Medical and sanitary report on the native army of Bombay for the year
Year: 1879
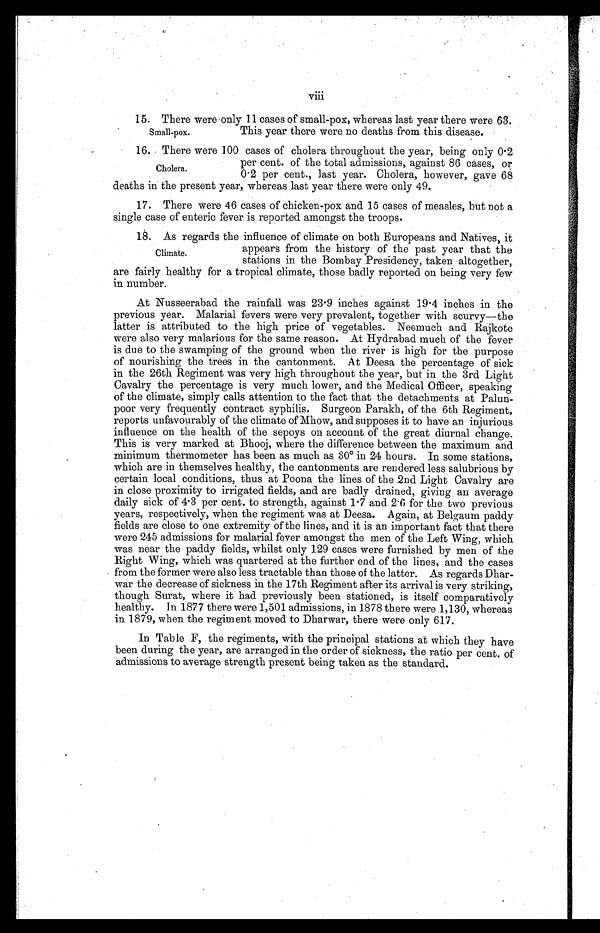
viii
15. There were only 11 cases of small-pox, whereas last year there were 63.
This year there were no deaths from this disease.
16. There were 100 cases of cholera throughout the year, being only 0.2
per cent. of the total admissions, against 86 cases, or
0.2 per cent., last year. Cholera, however, gave 68
deaths in the present year, whereas last year there were only 49.
17. There were 46 cases of chicken-pox and 15 cases of measles, but not a
single case of enteric fever is reported amongst the troops.
18. As regards the influence of climate on both Europeans and Natives, it
appears from the history of the past year that the
stations in the Bombay Presidency, taken altogether,
are fairly healthy for a tropical climate, those badly reported on being very few
in number.
At Nusseerabad the rainfall was 23.9 inches against 19.4 inches in the
previous year. Malarial fevers were very prevalent, together with scurvy—the
latter is attributed to the high price of vegetables. Neemuch and Rajkote
were also very malarious for the same reason. At Hydrabad much of the fever
is due to the swamping of the ground when the river is high for the purpose
of nourishing the trees in the cantonment. At Deesa the percentage of sick
in the 26th Regiment was very high throughout the year, but in the 3rd Light
Cavalry the percentage is very much lower, and the Medical Officer, speaking
of the climate, simply calls attention to the fact that the detachments at Palun-
poor very frequently contract syphilis. Surgeon Parakh, of the 6th Regiment,
reports unfavourably of the climate of Mhow, and supposes it to have an injurious
influence on the health of the sepoys on account of the great diurnal change.
This is very marked at Bhooj, where the difference between the maximum and
minimum thermometer has been as much as 30° in 24 hours. In some stations,
which are in themselves healthy, the cantonments are rendered less salubrious by
certain local conditions, thus at Poona the lines of the 2nd Light Cavalry are
in close proximity to irrigated fields, and are badly drained, giving an average
daily sick of 4.3 per cent. to strength, against 1.7 and 2.6 for the two previous
years, respectively, when the regiment was at Deesa. Again, at Belgaum paddy
fields are close to one extremity of the lines, and it is an important fact that there
were 245 admissions for malarial fever amongst the men of the Left Wing, which
was near the paddy fields, whilst only 129 cases were furnished by men of the
Right Wing, which was quartered at the further end of the lines, and the cases
from the former were also less tractable than those of the latter. As regards Dhar-
war the decrease of sickness in the 17th Regiment after its arrival is very striking,
though Surat, where it had previously been stationed, is itself comparatively
healthy. In 1877 there were 1,501 admissions, in 1878 there were 1,130, whereas
in 1879, when the regiment moved to Dharwar, there were only 617.
In Table F, the regiments, with the principal stations at which they have
been during the year, are arranged in the order of sickness, the ratio per cent. of
admissions to average strength present being taken as the standard.
Small-pox.
Cholera.
Climate.